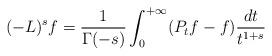
LaTeX: \begin{align*}(-L)^s f =\frac{1}{\Gamma(-s)} \int_0^{+\infty} (P_t f -f) \frac{dt}{t^{1+s}}\end{align*}